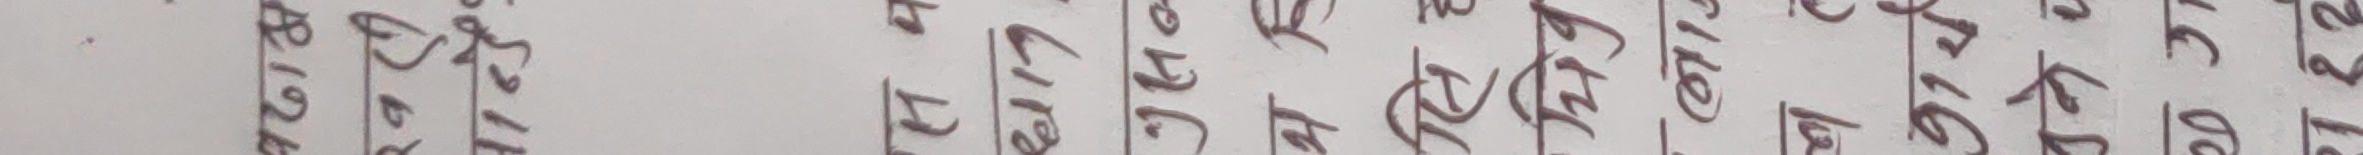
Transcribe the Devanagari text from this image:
४१२५० ९ १७ श्री नेपाल राष्ट्र बैंक लिमिटेड निक्षेप गर्नुहोस पनि १६ १५